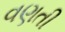
વણતી